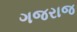
ગજરાજ